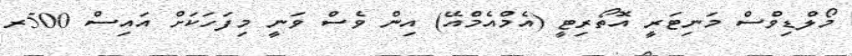
މޯލްޑިވްސް މަނިޓަރީ އޮތޯރިޓީ (އެމްއެމްއޭ) އިން ވެސް ވަނީ މިފަހަކަށް އައިސް 500ރ